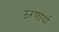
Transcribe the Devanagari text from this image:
ठरणार्या